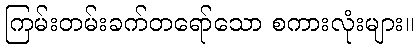
ကြမ်းတမ်းခက်တရော်သော စကားလုံးများ။